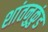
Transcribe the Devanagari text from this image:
शांतनुकुंड